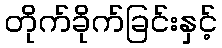
တိုက်ခိုက်ခြင်းနှင့်